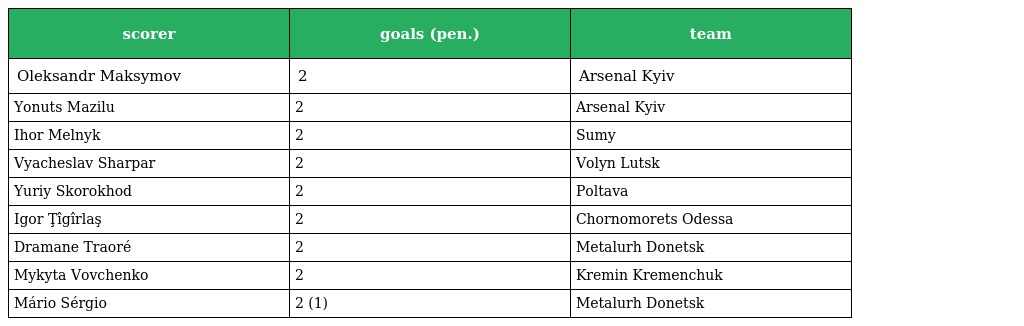
| scorer | goals (pen.) | team |
 | --- | --- | --- |
 | Oleksandr Maksymov | 2 | Arsenal Kyiv |
 | Yonuts Mazilu | 2 | Arsenal Kyiv |
 | Ihor Melnyk | 2 | Sumy |
 | Vyacheslav Sharpar | 2 | Volyn Lutsk |
 | Yuriy Skorokhod | 2 | Poltava |
 | Igor Ţîgîrlaş | 2 | Chornomorets Odessa |
 | Dramane Traoré | 2 | Metalurh Donetsk |
 | Mykyta Vovchenko | 2 | Kremin Kremenchuk |
 | Mário Sérgio | 2 (1) | Metalurh Donetsk |